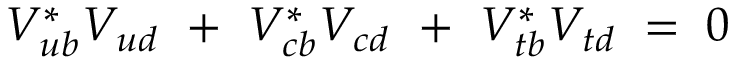
V _ { u b } ^ { * } V _ { u d } ~ + ~ V _ { c b } ^ { * } V _ { c d } ~ + ~ V _ { t b } ^ { * } V _ { t d } \; = \; 0